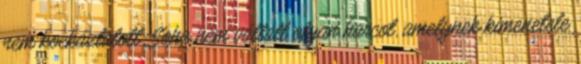
nem kockáztatott. Soha nem vállalt olyan harcot, amelynek kimenetele